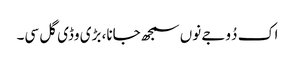
اک دُوجے نوں سمجھ جانا، بڑی وڈی گل سی۔